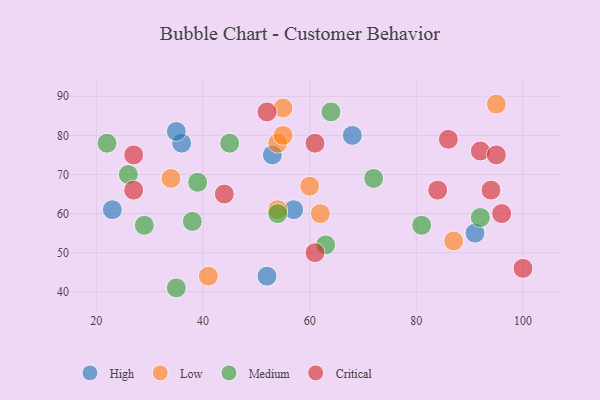
{"axis": {"x": "GDP", "y": "Life Expectancy"}, "legend": ["Critical", "High", "Low", "Medium"], "data": [{"x": "53", "y": 75, "type": "High"}, {"x": "36", "y": 78, "type": "High"}, {"x": "23", "y": 61, "type": "High"}, {"x": "52", "y": 44, "type": "High"}, {"x": "35", "y": 81, "type": "High"}, {"x": "91", "y": 55, "type": "High"}, {"x": "57", "y": 61, "type": "High"}, {"x": "68", "y": 80, "type": "High"}, {"x": "60", "y": 67, "type": "Low"}, {"x": "62", "y": 60, "type": "Low"}, {"x": "87", "y": 53, "type": "Low"}, {"x": "55", "y": 87, "type": "Low"}, {"x": "54", "y": 61, "type": "Low"}, {"x": "54", "y": 78, "type": "Low"}, {"x": "41", "y": 44, "type": "Low"}, {"x": "34", "y": 69, "type": "Low"}, {"x": "55", "y": 80, "type": "Low"}, {"x": "95", "y": 88, "type": "Low"}, {"x": "64", "y": 86, "type": "Medium"}, {"x": "39", "y": 68, "type": "Medium"}, {"x": "29", "y": 57, "type": "Medium"}, {"x": "26", "y": 70, "type": "Medium"}, {"x": "92", "y": 59, "type": "Medium"}, {"x": "22", "y": 78, "type": "Medium"}, {"x": "38", "y": 58, "type": "Medium"}, {"x": "72", "y": 69, "type": "Medium"}, {"x": "63", "y": 52, "type": "Medium"}, {"x": "35", "y": 41, "type": "Medium"}, {"x": "81", "y": 57, "type": "Medium"}, {"x": "45", "y": 78, "type": "Medium"}, {"x": "54", "y": 60, "type": "Medium"}, {"x": "96", "y": 60, "type": "Critical"}, {"x": "94", "y": 66, "type": "Critical"}, {"x": "44", "y": 65, "type": "Critical"}, {"x": "92", "y": 76, "type": "Critical"}, {"x": "27", "y": 66, "type": "Critical"}, {"x": "61", "y": 50, "type": "Critical"}, {"x": "61", "y": 78, "type": "Critical"}, {"x": "27", "y": 75, "type": "Critical"}, {"x": "95", "y": 75, "type": "Critical"}, {"x": "84", "y": 66, "type": "Critical"}, {"x": "86", "y": 79, "type": "Critical"}, {"x": "52", "y": 86, "type": "Critical"}, {"x": "100", "y": 46, "type": "Critical"}]}